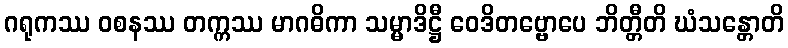
ဂရုကဿ ဝစနဿ တက္ကဿ မာဂဓိကာ သမ္မာဒိဋ္ဌီ ဝေဒိတဗ္ဗောပေ ဘိတ္တီတိ ဃံသန္တောတိ